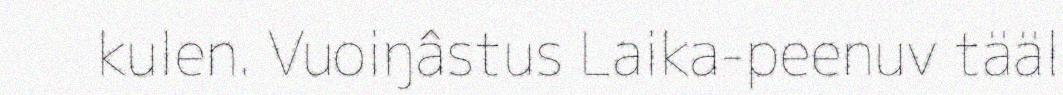
kulen. Vuoiŋâstus Laika-peenuv tääl